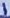
Text: 1